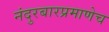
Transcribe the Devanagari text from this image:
नंदुरबारप्रमाणेच